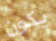
يكون